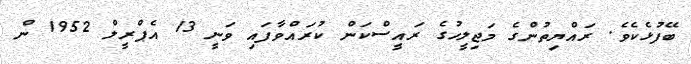
ބޭފުޅެކެވެ. ރައްޔިތުންގެ މަޖިލީހުގެ ރައީސްކަން ކުރައްވާފައި ވަނީ 13 އެޕްރީލް 1952 ން